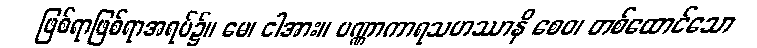
ဖြစ်ရာဖြစ်ရာအရပ်၌။ မေ၊ ငါအား။ ပဏ္ဏာကာရသဟဿာနိ စေဝ၊ တစ်ထောင်သော